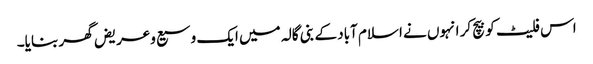
اس فلیٹ کو بیچ کر انہوں نے اسلام آباد کے بنی گالہ میں ایک وسیع وعریض گھر بنایا۔